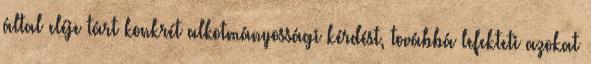
által eléje tárt konkrét alkotmányossági kérdést, továbbá lefekteti azokat